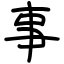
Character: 事